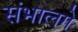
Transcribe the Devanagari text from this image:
संभालगे